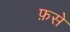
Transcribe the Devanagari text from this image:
फ़से